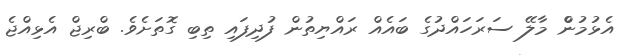
އެޅުމުންް މާލޭ ސަރަހައްދުގެ ބައެއް ރައްޔިތުން ފުދިފައި ތިބި ގޮތަށެވެ. ބްރިޖް އެޅިއްޖެ